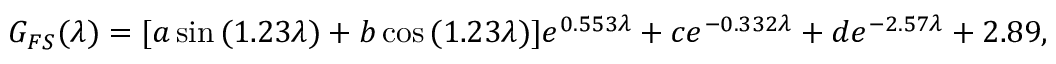
G _ { F S } ( \lambda ) = [ a \sin { ( 1 . 2 3 \lambda ) } + b \cos { ( 1 . 2 3 \lambda ) } ] e ^ { 0 . 5 5 3 \lambda } + c e ^ { - 0 . 3 3 2 \lambda } + d e ^ { - 2 . 5 7 \lambda } + 2 . 8 9 ,